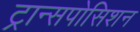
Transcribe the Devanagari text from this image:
ट्रान्सपोसिशन